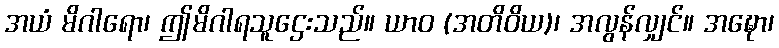
အယံ မိဂါရော၊ ဤမိဂါရသူဌေးသည်။ ယာဝ (အတိဝိယ)၊ အလွန်လျှင်။ အဍ္ဎော၊